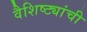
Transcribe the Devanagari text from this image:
वैशिष्ट्यांची